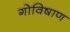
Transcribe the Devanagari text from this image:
गोविषाण